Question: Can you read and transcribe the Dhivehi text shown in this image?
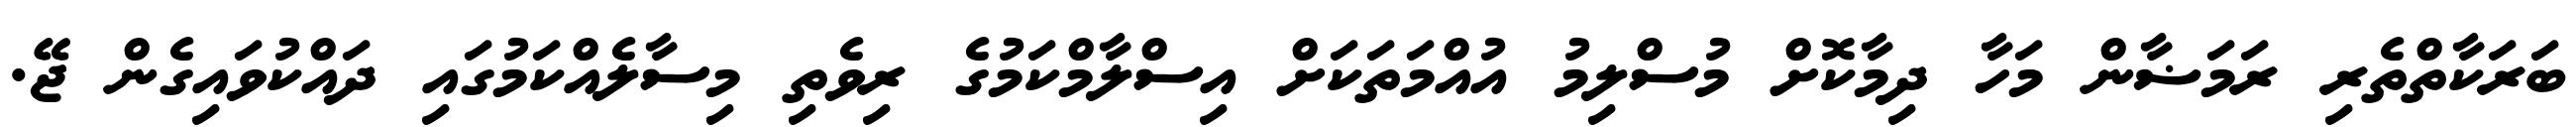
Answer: ބަރަކާތްތެރި ރަމަޟާން މަހާ ދިމާކޮށް މުސްލިމު އުއްމަތަކަށް އިސްލާމްކަމުގެ ރިވެތި މިސާލެއްކަމުގައި ދައްކުވައިގެން ޖޭ.